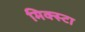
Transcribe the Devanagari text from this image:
मिक्स्टा